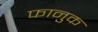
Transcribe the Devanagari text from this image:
फानुक